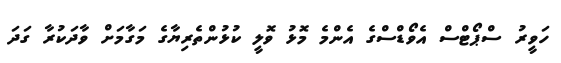
ހަވީރު ސްޕޯޓްސް އެވޯޑްސްގެ އެންމެ މޮޅު ވޮލީ ކުޅުންތެރިޔާގެ މަގާމަށް ވާދަކުރާ ގަދަ